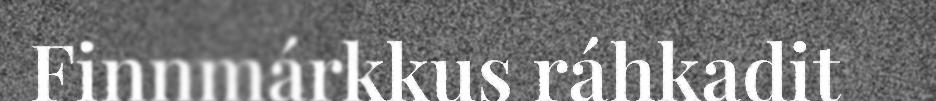
Finnmárkkus ráhkadit